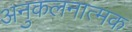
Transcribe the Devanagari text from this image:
अनुकलनात्मक